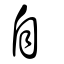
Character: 自